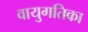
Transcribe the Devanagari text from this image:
वायुगतिका